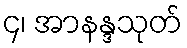
၄၊ အာနန္ဒသုတ်